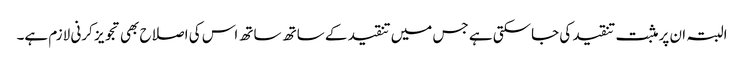
البتہ ان پر مثبت تنقید کی جاسکتی ہے جس میں تنقید کے ساتھ ساتھ اس کی اصلاح بھی تجویز کرنی لازم ہے۔